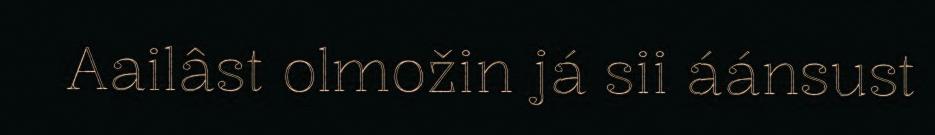
Aailâst olmožin já sii áánsust